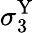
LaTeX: \sigma_{3}^{\mathrm{Y}}